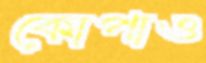
কোপাও